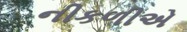
નીકળીએ